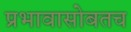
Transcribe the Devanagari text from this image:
प्रभावासोबतच